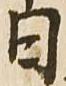
日